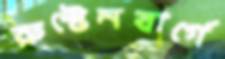
রুস্টেনবার্গে